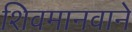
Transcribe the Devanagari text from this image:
शिवमानवाने